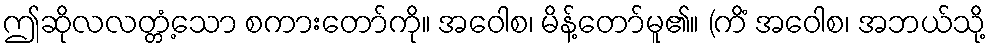
ဤဆိုလလတ္တံ့သော စကားတော်ကို။ အဝေါစ၊ မိန့်တော်မူ၏။ (ကိံ အဝေါစ၊ အဘယ်သို့